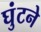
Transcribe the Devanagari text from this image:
घुंटने